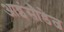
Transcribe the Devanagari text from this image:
आइंसौडेल्न